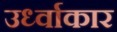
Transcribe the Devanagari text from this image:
उर्ध्वाकार